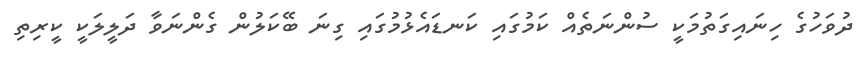
ދުވަހުގެ ހިނައިގަތުމަކީ ސުންނަތެއް ކަމުގައި ކަނޑައެޅުމުގައި ގިނަ ބޭކަލުން ގެންނަވާ ދަލީލަކީ ކީރިތި